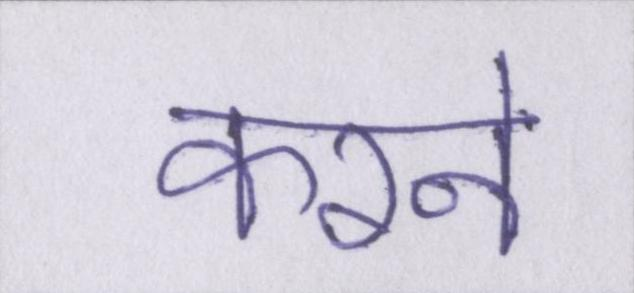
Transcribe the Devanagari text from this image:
करने